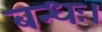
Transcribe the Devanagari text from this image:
बन्धः।